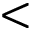
<